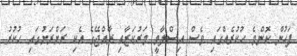
ފަހުން ކޮންމެ ހުކުރެއްގައި ވެސް އިސްލާމީ މަރުކަޒާއި ރާއްޖޭގެ އެކި ރަށްރަށުގައި ހުކުރު